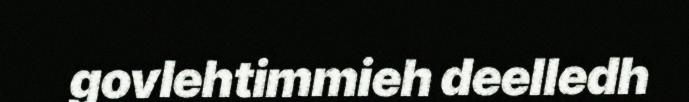
govlehtimmieh deelledh